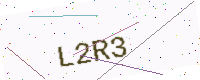
Text: L2R3